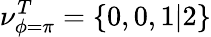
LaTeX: \nu_{\phi=\pi}^{T}=\{ 0,0,1|2\}